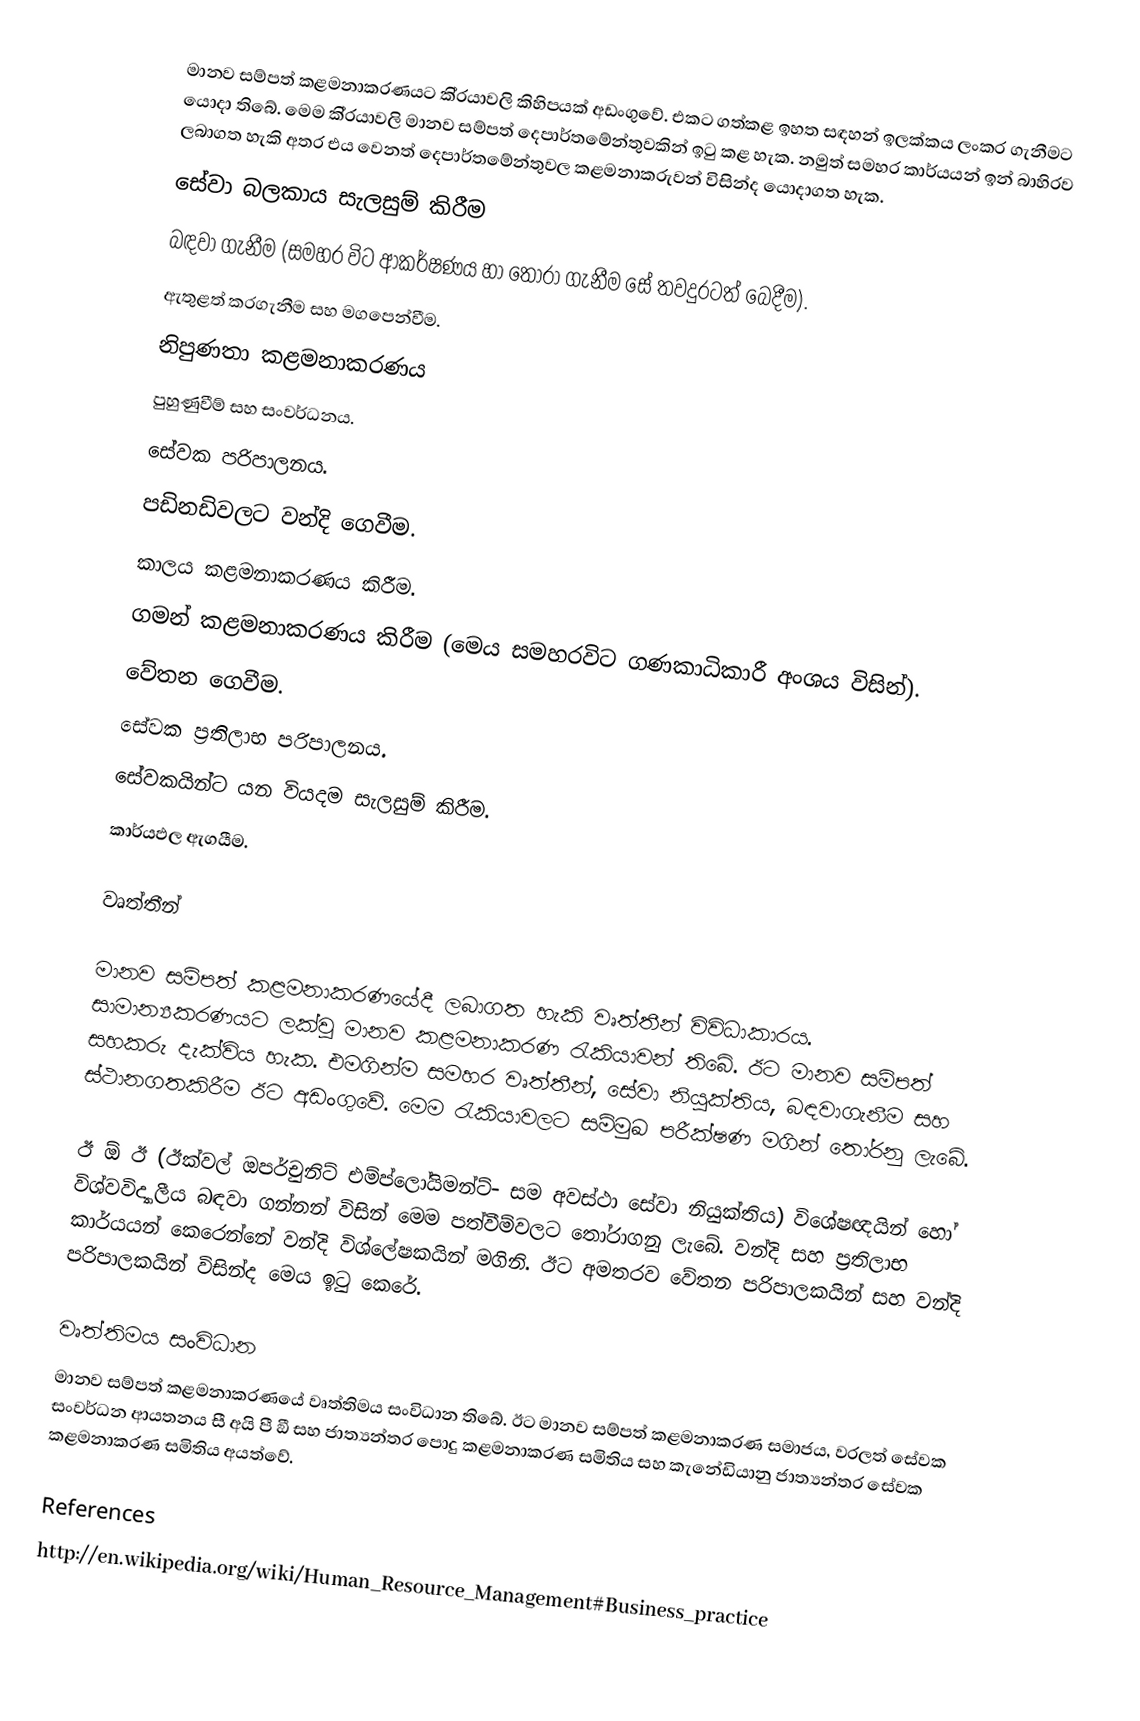
මානව සම්පත් කළමනාකරණයට කි‍්‍රයාවලි කිහිපයක් අඩංගුවේ. එකට ගත්කළ ඉහත සඳහන් ඉලක්කය ලංකර ගැනීමට යොදා තිබේ. මෙම කි‍්‍රයාවලි මානව සම්පත් දෙපාර්තමේන්තුවකින් ඉටු කළ හැක. නමුත් සමහර කාර්යයන් ඉන් බාහිරව ලබාගත හැකි අතර එය වෙනත් දෙපාර්තමේන්තුවල කළමනාකරුවන් විසින්ද යොදාගත හැක.
	සේවා බලකාය සැලසුම් කිරීම
	බඳවා ගැනීම (සමහර විට ආකර්ෂණය හා තෝරා ගැනීම සේ තවදුරටත් බෙදීම).
	ඇතුළත් කරගැනීම සහ මගපෙන්වීම.
	නිපුණතා කළමනාකරණය
	පුහුණුවීම් සහ සංවර්ධනය.
	සේවක පරිපාලනය.
පඩිනඩිවලට වන්දි ගෙවීම.
	කාලය කළමනාකරණය කිරීම.
	ගමන් කළමනාකරණය කිරීම (මෙය සමහරවිට ගණකාධිකාරී අංශය විසින්).
	වේතන ගෙවීම.
	සේවක ප‍්‍රතිලාභ පරිපාලනය.
	සේවකයින්ට යන වියදම සැලසුම් කිරීම.
	කාර්යඵල ඇගයීම.

වෘත්තීන්

මානව සම්පත් කළමනාකරණයේදී ලබාගත හැකි වෘත්තීන් විවිධාකාරය. සාමාන්‍යකරණයට ලක්වූ මානව කළමනාකරණ රැකියාවන් තිබේ. ඊට මානව සම්පත් සහකරු දැක්විය හැක. එමගින්ම සමහර වෘත්තීන්, සේවා නියුක්තිය, බඳවාගැනීම සහ ස්ථානගතකිරීම ඊට අඩංගුවේ. මෙම රැකියාවලට සම්මුඛ පරීක්ෂණ මගින් තෝරනු ලැබේ.

ඊ  ඕ ඊ (ඊක්වල් ඔපර්චුනිට් එම්ප්ලෝයිමන්ට්-  සම අවස්ථා සේවා නියුක්තිය) විශේෂඥයින් හෝ විශ්වවිද්‍යාලීය බඳවා ගන්නන් විසින් මෙම පත්වීම්වලට තෝරාගනු ලැබේ. වන්දි සහ ප‍්‍රතිලාභ කාර්යයන් කෙරෙන්නේ වන්දි විශ්ලේෂකයින් මගිනි. ඊට අමතරව වේතන පරිපාලකයින් සහ වන්දි පරිපාලකයින් විසින්ද මෙය ඉටු කෙරේ.

වෘත්තිමය සංවිධාන
මානව සම්පත් කළමනාකරණයේ වෘත්තිමය සංවිධාන තිබේ. ඊට මානව සම්පත් කළමනාකරණ සමාජය, වරලත් සේවක සංවර්ධන ආයතනය සී අයි පී ඞී සහ ජාත්‍යන්තර පොදු කළමනාකරණ සමිතිය සහ කැනේඩියානු ජාත්‍යන්තර සේවක කළමනාකරණ සමිතිය අයත්වේ.

References
http://en.wikipedia.org/wiki/Human_Resource_Management#Business_practice